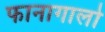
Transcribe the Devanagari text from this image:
फानागालो